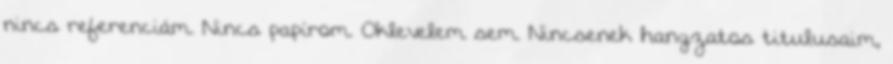
nincs referenciám. Nincs papírom. Oklevelem sem. Nincsenek hangzatos titulusaim,